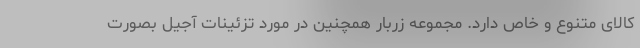
کالای متنوع و خاص دارد. مجموعه زربار همچنین در مورد تزئینات آجیل بصورت